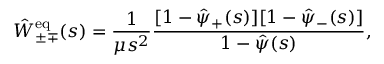
\hat { W } _ { \pm \mp } ^ { \mathrm { e q } } ( s ) = \frac { 1 } { \mu s ^ { 2 } } \frac { [ 1 - \hat { \psi } _ { + } ( s ) ] [ 1 - \hat { \psi } _ { - } ( s ) ] } { 1 - \hat { \psi } ( s ) } ,